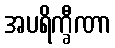
အပရိက္ခီဏာ